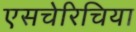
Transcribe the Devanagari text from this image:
एसचेरिचिया